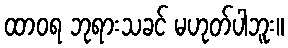
ထာဝရ ဘုရားသခင် မဟုတ်ပါဘူး။